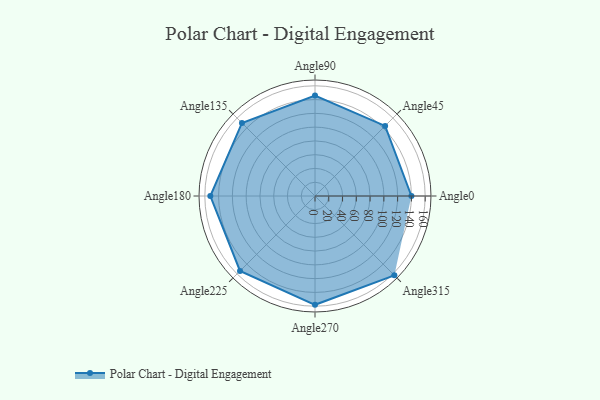
{"axis": {"x": "Angle", "y": "Radius"}, "legend": [""], "data": [{"x": "Angle0", "y": 140.0, "type": ""}, {"x": "Angle45", "y": 144.0, "type": ""}, {"x": "Angle90", "y": 146.0, "type": ""}, {"x": "Angle135", "y": 150.0, "type": ""}, {"x": "Angle180", "y": 152.0, "type": ""}, {"x": "Angle225", "y": 154.0, "type": ""}, {"x": "Angle270", "y": 158.0, "type": ""}, {"x": "Angle315", "y": 163.0, "type": ""}]}